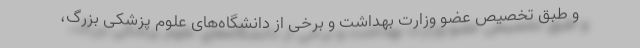
و طبق تخصیص عضو وزارت بهداشت و برخی از دانشگاه‌های علوم پزشکی بزرگ،